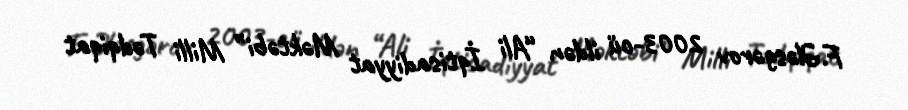
F.Ələsgərov 2003-cü ildən “Ali İqtisadiyyat Məktəbi” Milli Tədqiqat